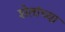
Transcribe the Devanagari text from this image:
शेतांच्या